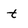
Character: t